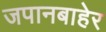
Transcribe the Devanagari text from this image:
जपानबाहेर